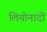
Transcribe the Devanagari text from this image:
लियोनादों